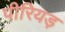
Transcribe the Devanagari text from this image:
पीरियड़